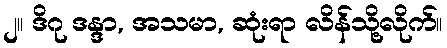
၂။ ဒိဂု ဒန္ဒာ, အသမာ, ဆုံးရာ လိန်သို့လိုက်။